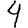
Digit: 4